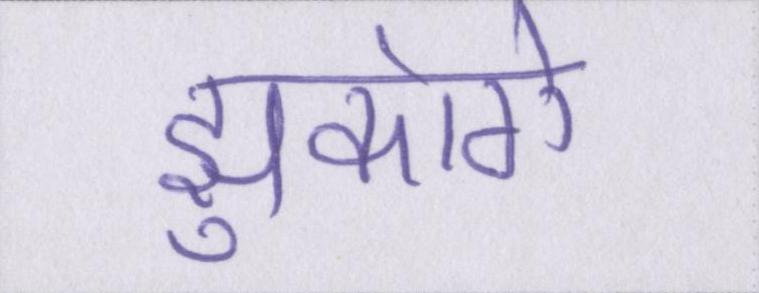
झुकोगे